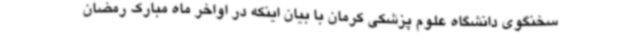
سخنگوی دانشگاه علوم پزشکی کرمان با بیان اینکه در اواخر ماه مبارک رمضان